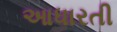
આધારતી